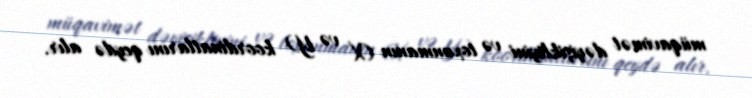
müqavimət dəyişikliyini və toxunmanın (X və Y) koordinatlarını qeydə alır.